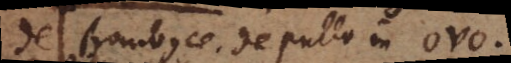
De Bombyce. De pullo in ovo.